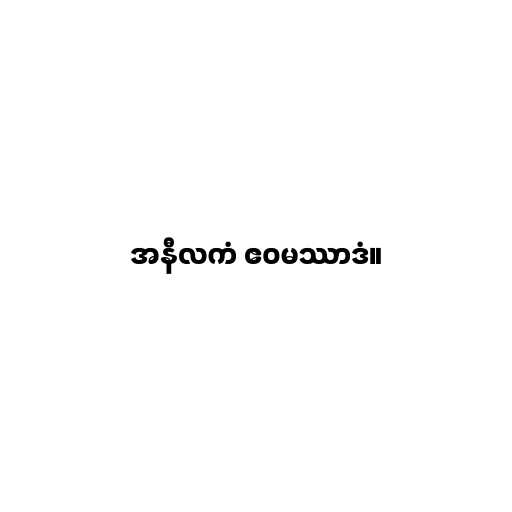
အနီလကံ ဧဝမဿာဒံ။